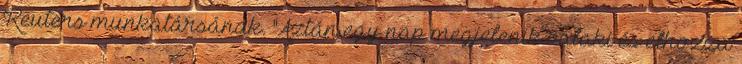
Reuters munkatársának. "Aztán egy nap megjelenik valaki és elhozza